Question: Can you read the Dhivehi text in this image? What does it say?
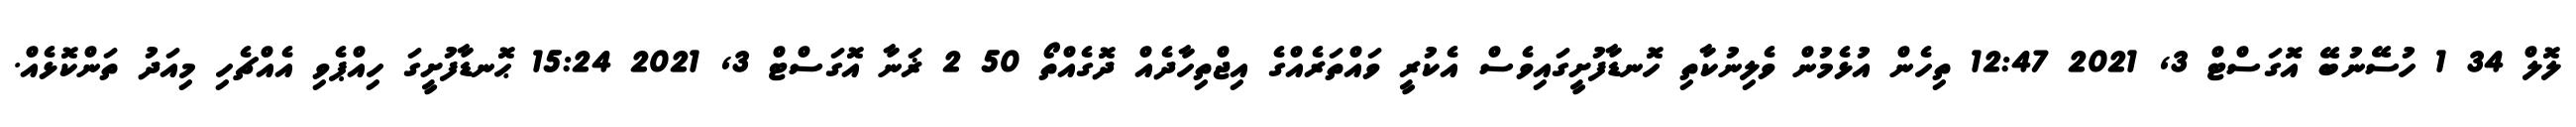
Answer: ލޮލް 34 1 ހުސޭނުބޭ އޮގަސްޓް 3, 2021 12:47 ތިހެން އުޅެމުން ވެލިނުކާތި ހޮނޑާފުށީގައިވެސް އެކުރީ ވައްތަރެއްގެ އިޖްތިހާދެއް ދޮގެއްތޯ 50 2 ޜަނާ އޮގަސްޓް 3, 2021 15:24 ޙޮނޑާފުށީގަ ހިއްޕެވި އެއްޗެހި މިއަދު ތަންކޮޅެއް.